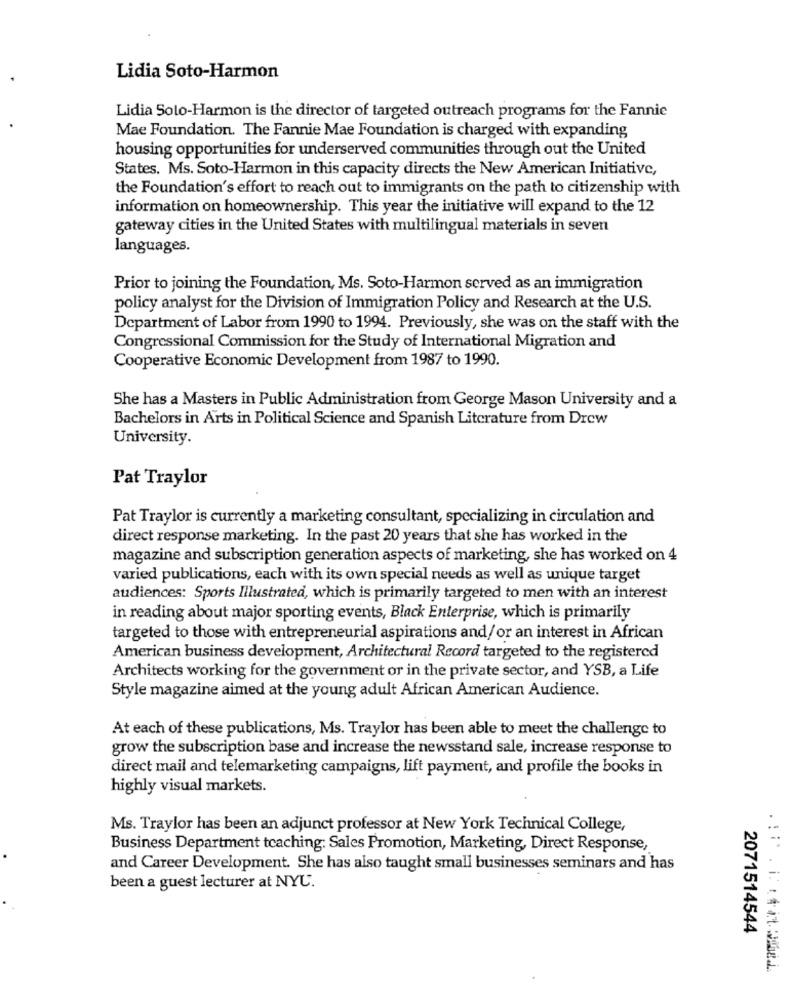
Lidia Soto-Harmon
Lidia Solo-Harmon is the director of targeted outreach programs for the Fannie
Mae Foundation. The Fannie Mae Foundation is charged with expanding
housing opportunities for underserved communities through out the United
States. Ms. Soto-Harmon in this capacity directs the New American Initiative,
the Foundation's effort to reach out to immigrants on the path to citizenship with
information on homeownership. This year the initiative will expand to the 12
gateway cities in the United States with multilingual materials in seven
languages.
Prior to joining the Foundation, Ms. Soto-Harmon served as an immigration
policy analyst for the Division of Immigration Policy and Research at the U.S.
Department of Labor from 1990 to 1994. Previously, she was on the staff with the
Congressional Commission for the Study of International Migration and
Cooperative Economic Development from 1987 to 1990.
She has a Masters in Public Administration from George Mason University and a
Bachelors in Arts in Political Science and Spanish Literature from Drew
University.
Pat Traylor
Pat Traylor is currently a marketing consultant, specializing in circulation and
direct response marketing. In the past 20 years that she has worked in the
magazine and subscription generation aspects of marketing, she has worked on 4
varied publications, each with its own special needs as well as unique target
audiences: Sports Illustrated, which is primarily targeted to men with an interest
in reading about major sporting events, Black Enterprise, which is primarily
targeted to those with entrepreneurial aspirations and/or an interest in African
American business development, Architectural Record targeted to the registered
Architects working for the government or in the private sector, and YSB, a Life
Style magazine aimed at the young adult African American Audience.
At each of these publications, Ms. Traylor has been able to meet the challenge to
grow the subscription base and increase the newsstand sale, increase response to
direct mail and telemarketing campaigns, lift payment, and profile the books in
highly visual markets.
Ms. Traylor has been an adjunct professor at New York Technical College,
Business Department teaching: Sales Promotion, Marketing, Direct Response,
and Career Development. She has also taught small businesses seminars and has
been a guest lecturer at NYU.
2071514544